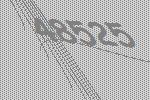
48525